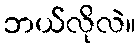
ဘယ်လိုလဲ။